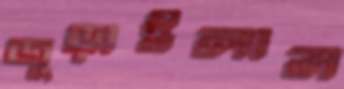
জুড়াইলাম